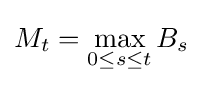
M_{t}=\max _{0\leq s\leq t}B_{s}